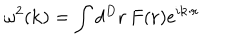
LaTeX: \omega ^ { 2 } ( { \bf k } ) = \int d ^ { D } { \bf r } \, F ( { \bf r } ) e ^ { i { \bf k } \cdot { \bf r } }